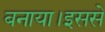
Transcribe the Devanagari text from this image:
बनाया।इससे